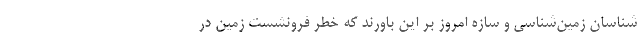
شناسان زمین‌شناسی و سازه امروز بر این باورند که خطر فرونشست زمین در